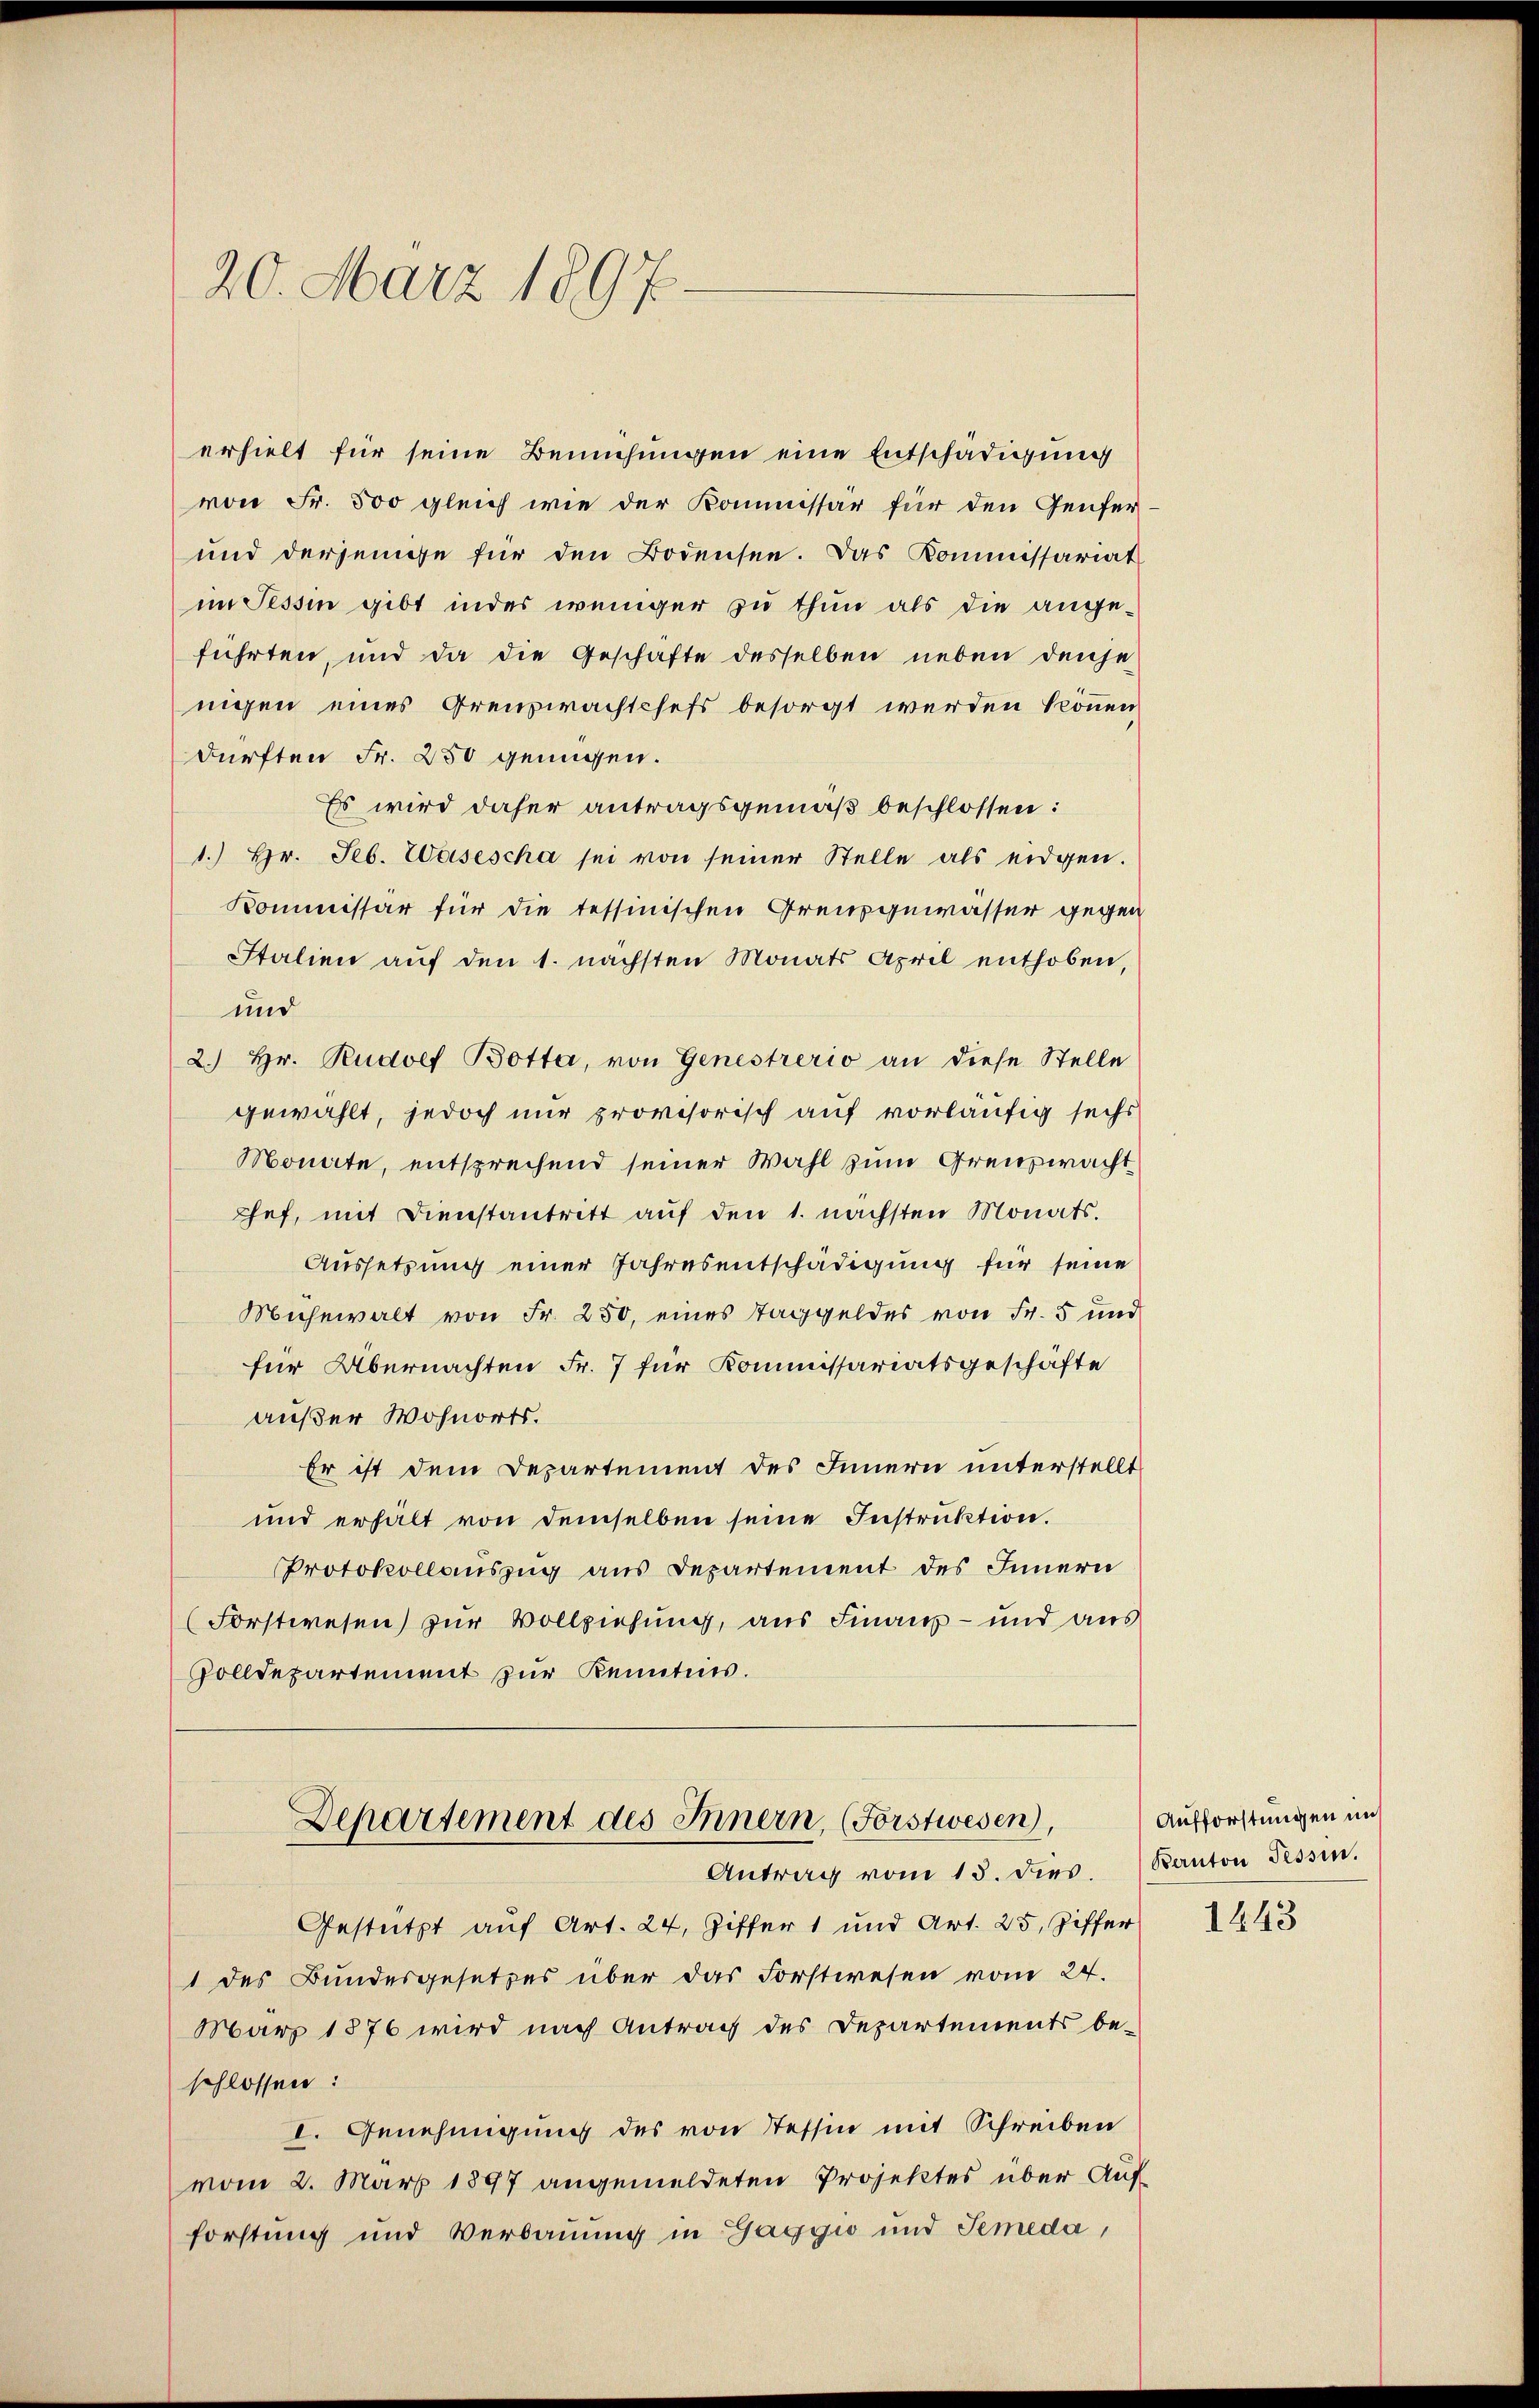
20. März 1897.

erhielt für seine Bemühungen eine Entschädigung
von Fr. 500 gleich wie der Kommissär für den Genfer
und derjenige für den Bodensee. Das Kommissariat
im Tessin gibt indes weniger zu thun als die ange-
führten, und da die Geschäfte desselben neben denje
nigen eines Grenzwachtchefs besorgt werden können,
dürften Fr. 250 genügen.
Es wird daher antragsgemäß beschlossen:
1.) Hr. Seb. Wasescha sei von seiner Stelle als eidgen.
Kommissär für die tessinischen Greuzgewässer gegen
Italien auf den 1. nächsten Monats April enthoben,
und
2.) Hr. Rudolf Botta, von Genestrerio an diese Stelle
gewählt, jedoch nur provisorisch auf vorläufig sechs
Monate, entsprechend seiner Wahl zum Grenzwacht
Chef, mit Dienstantritt auf den 1. nächsten Monats.
Aussetzung einer Jahresentschädigung für seine
Mühewalt von Fr. 250, eines Taggeldes von Fr. 5 und
für Übernachten Fr. 7 für Kommissariatsgeschäfte
außer Wohnorts.
Er ist dem Departement des Innern unterstellt
und erhält von demselben seine Instruktion.
Protokollauszug aus Departement des Innern
Forstwesen) zur Vollziehung, aus Finanz- und aus
Volldepartement zur Kenntnis.

Departement des Innern, (Forstwesen),
Antrag vom 13. dies. Kanton Tessin.

Gestützt auf Art. 24, Ziffer 1 und Art. 25. Ziffer
1 des Bundesgesetzes über das Forstwesen vom 24.
März 1876 wird nach Antrag des Departements be-
schlossen:
I. Genehmigung des von Tessin mit Schreiben
vom 2. März 1897 angemeldeten Projektes über Auf
forstung und Verbauung in Gaggio und Semeda,

Aufforstungen mit

1443